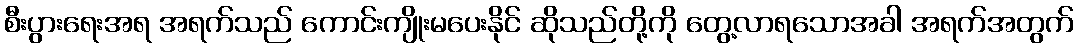
စီးပွားရေးအရ အရက်သည် ကောင်းကျိုးမပေးနိုင် ဆိုသည်တို့ကို တွေ့လာရသောအခါ အရက်အတွက်